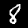
Digit: 8